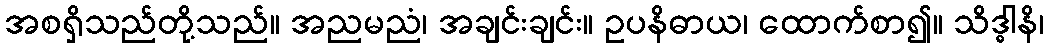
အစရှိသည်တို့သည်။ အညမညံ၊ အချင်းချင်း။ ဥပနိဓာယ၊ ထောက်စာ၍။ သိဒ္ဓါနိ၊